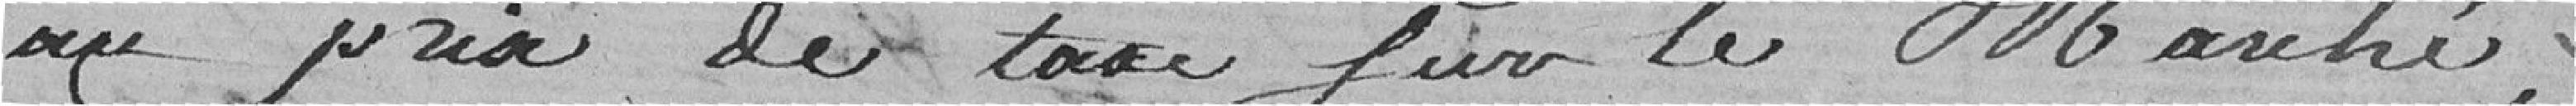
au prix de taxe sur le marché,